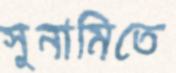
সুনামিতে